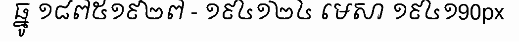
ធ្នូ ១៨៧៥១៩២៧ - ១៩៤១២៤ មេសា ១៩៤១90px